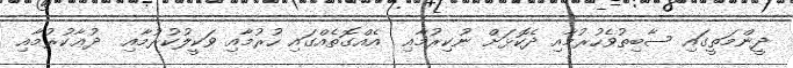
ދީންމަތީގައި ސާބިތުވެހުރުމާއި ދެކޮޅަށް ނުކިރުމާއި  އެއްގޮތެއްގައި ހުރުމާއި ވަކީލުކުރުމާއި  ދުޢާކުރުމާއި